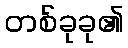
တစ်ခုခု၏